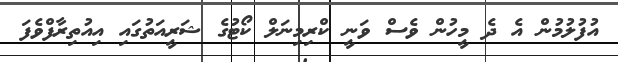
އުފުލުމުން އެ ދެ މީހުން ވެސް ވަނީ ކްރިމިނަލް ކޯޓުގެ ޝަރީއަތުގައި އިއުތިރާފްވެފަ